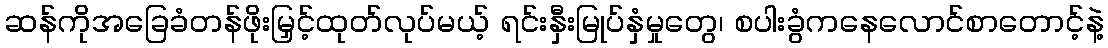
ဆန်ကိုအခြေခံတန်ဖိုးမြှင့်ထုတ်လုပ်မယ့် ရင်းနှီးမြုပ်နှံမှုတွေ၊ စပါးခွံကနေလောင်စာတောင့်နဲ့